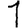
Digit: 1